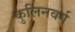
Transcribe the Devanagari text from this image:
कुलिनवर्ग